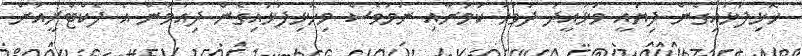
ހޮޅިފަޅައިގެން ދިޔައީ ވަޅުއީދު ދުވަހު ކަމަށާއި ނަމަވެސް މިހޮޅިފަޅައިގެން ދިއުމުން އެ ފެކްޓްރީއަށް